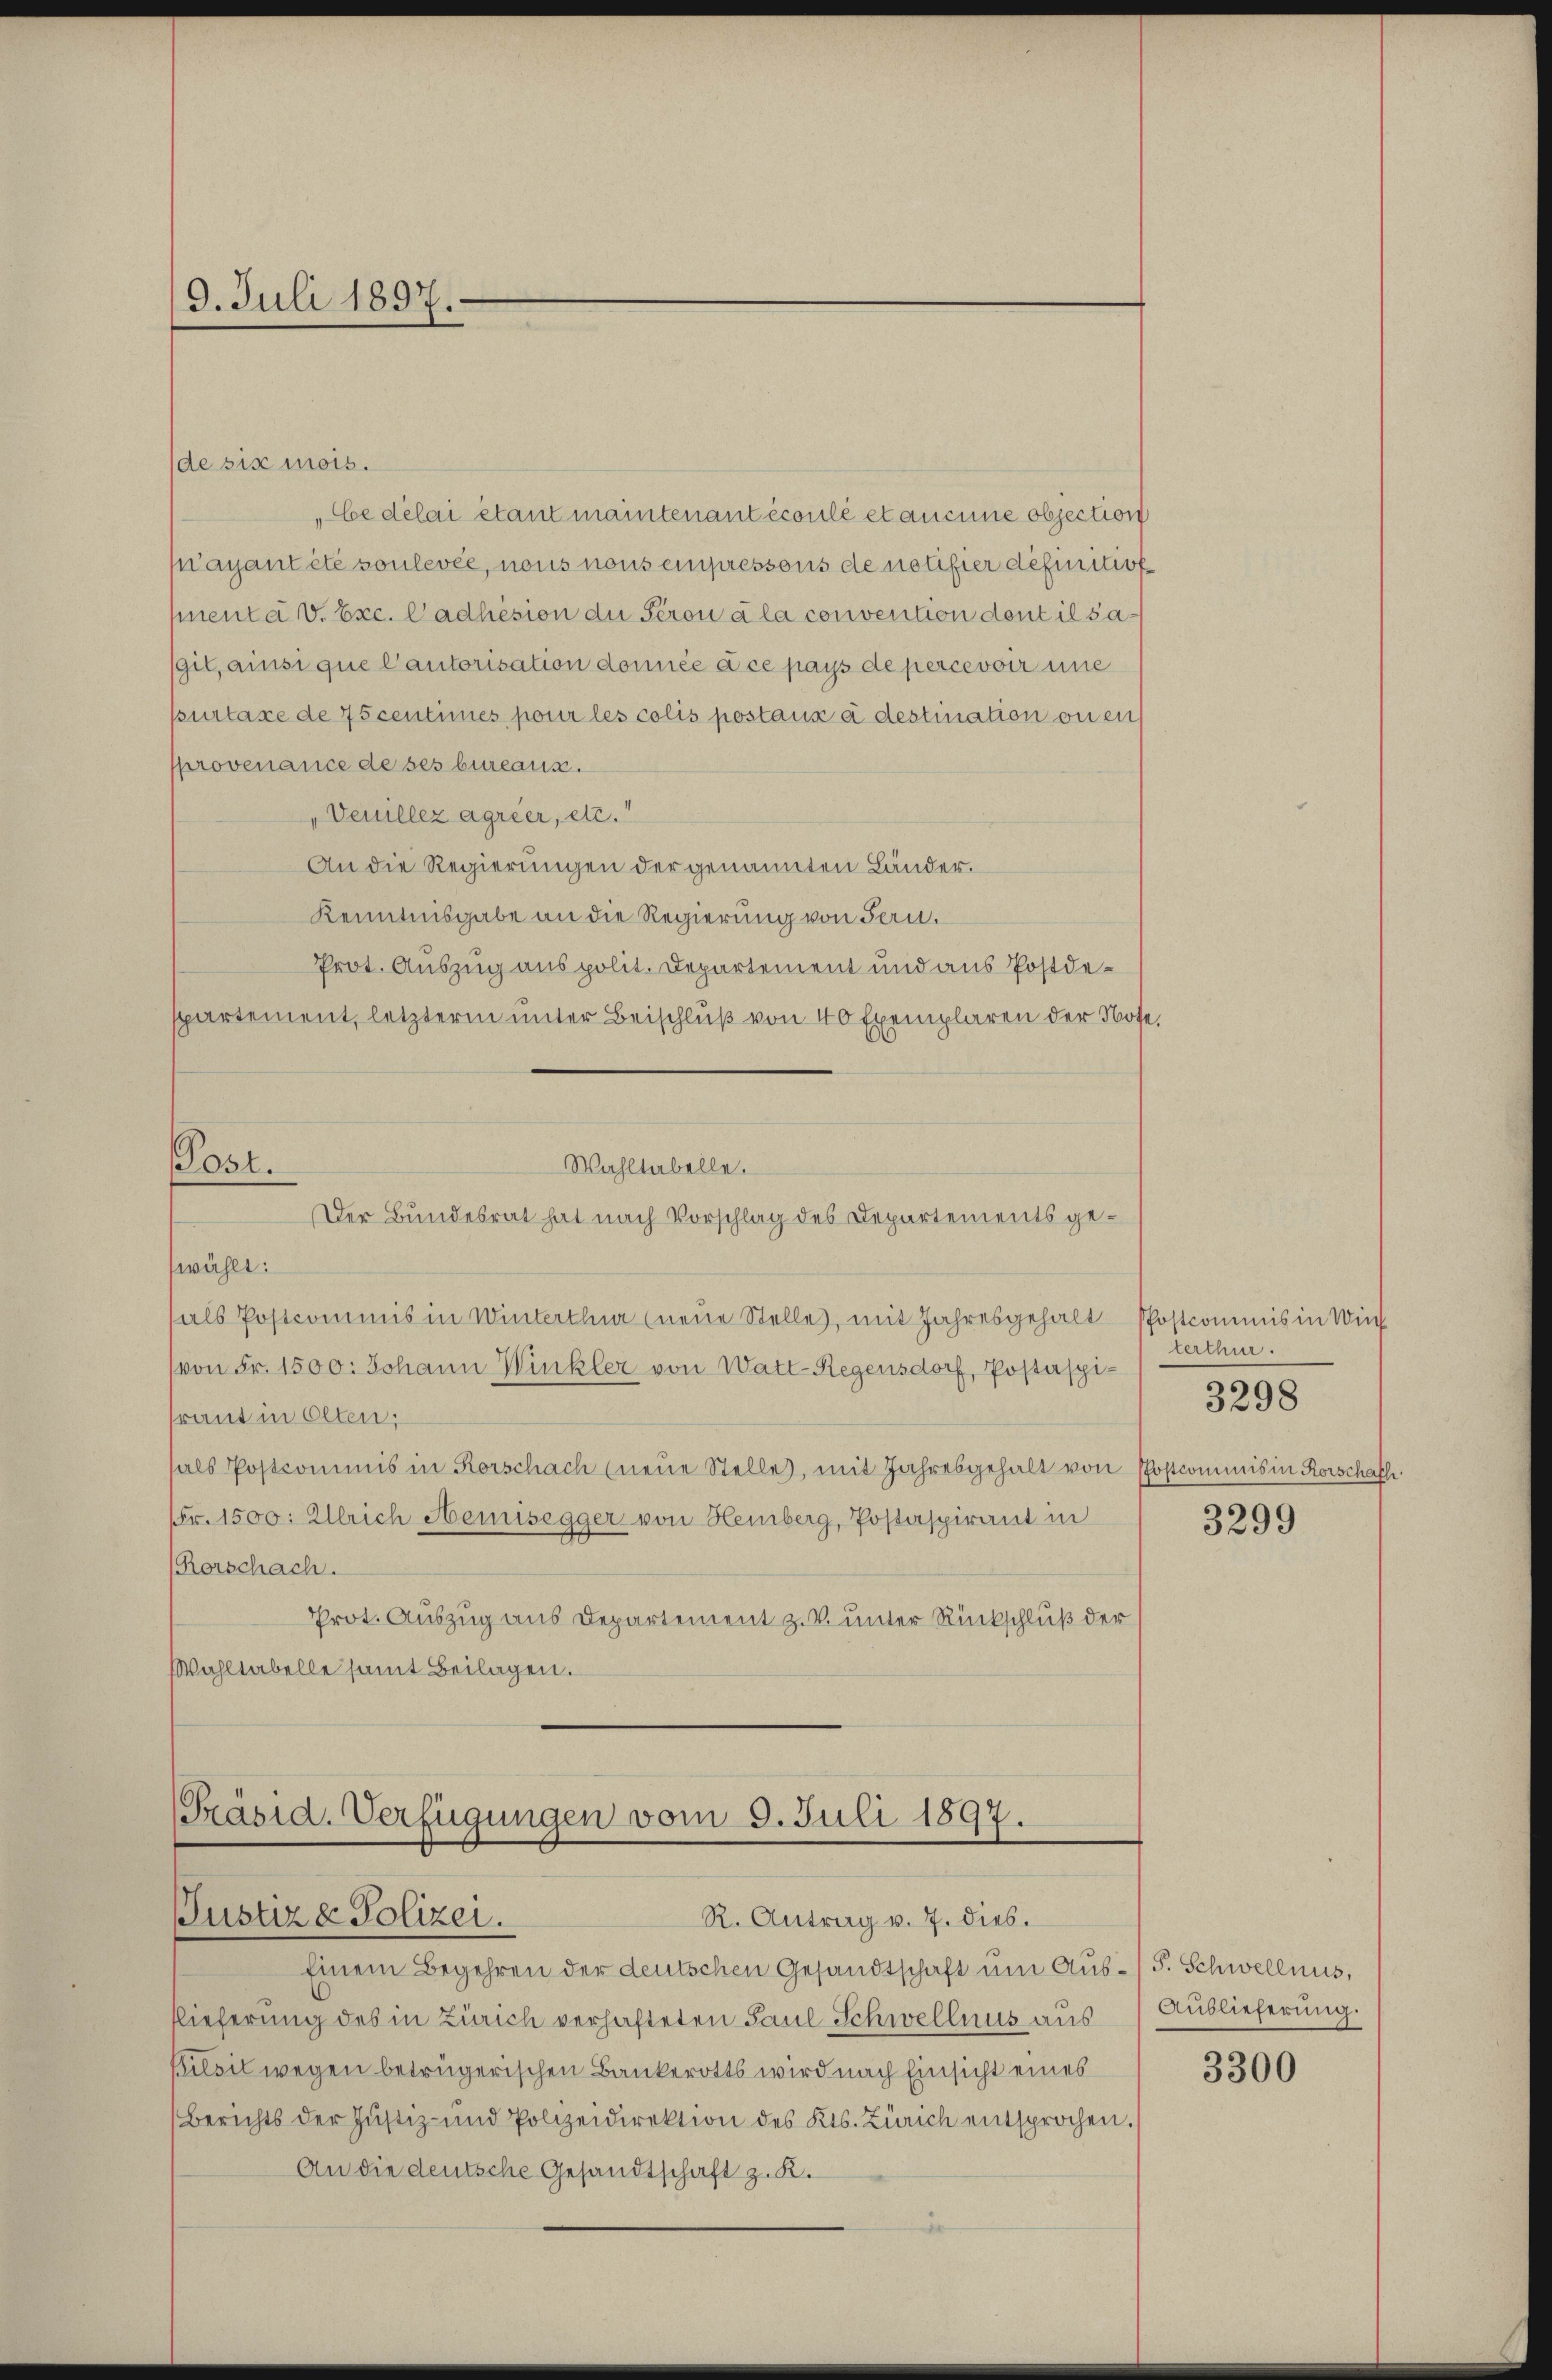
9. Juli 1897.

de six mois.

„Ce délai étant maintenant écoulé et aucune objection
n’ayant été soulevée, nous nous einpressous de notifier definitive
henta v. Exc. Cadhésion die Seron à la convention dent il sagit, ainsi que Cautorisation donnée à ce pays de percevoir eine
purtaxe de 75 centimes pour les colis postaux à destination ou en
provenance de ses bureaus.
„Venillez agrier, etc.“
An die Regierungen der genannten Länder.
Kenntnisgabe an die Regierung von Fern.
Prot. Auszug aus polit. Departement und aus Postdespartement, letztere unter Beischluß von 40 Exemplaren der Note,
Post.
Wahltabelle.
Der Bundesrat hat nach Vorschlag des Departements geswählt:
als Postcommis in Winterthur (neue Stelle, mit Jahresgehalt Postcommis in Wie
von Fr. 1500: Johann Winkler von Watt-Regensdorf, Postaspiraut in Olten;
hals Postcommis in Rorschach (neŭe Stelle, mit Jahresgehalt von Postcommis in Rorschaff
Fr. 1500: Ulrich Hemisegger von Hemberg, Postaspirant in
(Rorschach.
Prot. Auszug aus Departement z. V. unter Rückschluß der
Wahltabelle samt Beilagen.

Präsid. Verfügungen vom 9. Juli 1897.
Justiz & Polizei.
R. Antrag v. 7. dies.

Einem Begehren der deutschen Gesandtschaft um Aus-S. Schwellnus,
flieferung des in Zürich verhafteten Paul Schwellnus aus
Pilsil wegen betrügerischen Bankerotts wird nach Einsicht eines
Berichts der Justiz- und Polizeidirektion des Kts. Zürich entsprochen.
An die deutsche Gesandtschaft z. K.

terthur.
3299

3298

Auslieferung.

3300